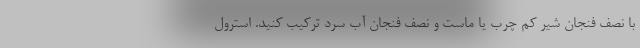
با نصف فنجان شیر کم چرب یا ماست و نصف فنجان آب سرد ترکیب کنید. استرول